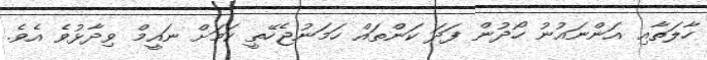
ހާލަތާއި އަންނައުނު ހޯދުން ފަދަ ކަންތައް ހަމަނުޖެހޭތީ ކަމަށް ނައީމް ވިދާޅުވެ އެވެ.